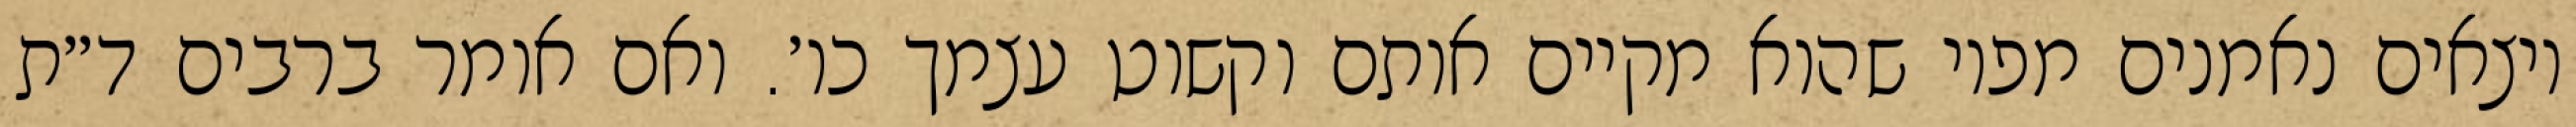
יוצאים נאמנים מפיו שהוא מקיים אותם וקשוט עצמך כו׳. ואם אומר ברבים ד״ת